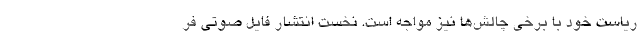
ریاست خود با برخی چالش‌ها نیز مواجه است. نخست انتشار فایل صوتی فر